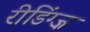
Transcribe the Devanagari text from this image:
रीडिंग्ज़